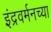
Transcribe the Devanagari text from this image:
इंद्रवर्मनच्या